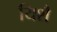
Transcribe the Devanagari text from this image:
यिशै